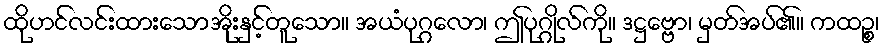
ထိုဟင်လင်းထားသောအိုးနှင့်တူသော။ အယံပုဂ္ဂလော၊ ဤပုဂ္ဂိုလ်ကို။ ဒဋ္ဌဗ္ဗော၊ မှတ်အပ်၏။ ကထဉ္စ၊